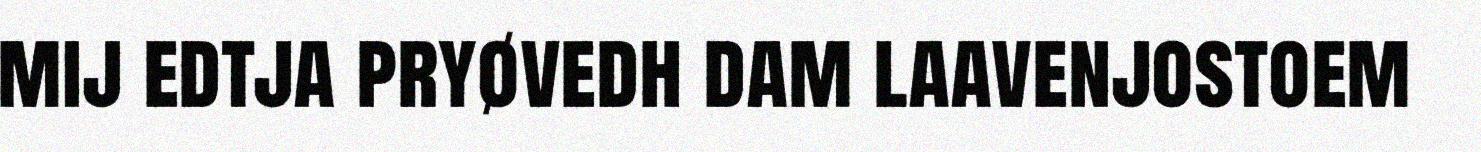
mij edtja pryøvedh dam laavenjostoem